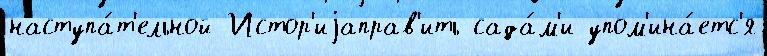
наступа́т'ельной Истор'иjаправ'ить сада́м'и упом'ина́етс'я